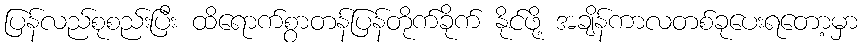
ပြန်လည်စုစည်းပြီး ထိရောက်စွာတန်ပြန်တိုက်ခိုက် နိုင်ဖို့ အချိန်ကာလတစ်ခုပေးရတော့မှာ